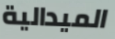
الميدالية